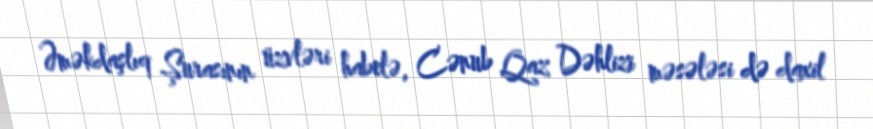
Əməkdaşlıq Şurasının üzvləri habelə, Cənub Qaz Dəhlizi məsələsi də daxil